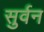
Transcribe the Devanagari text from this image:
सुर्वन